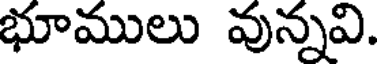
భూములు వున్నవి.